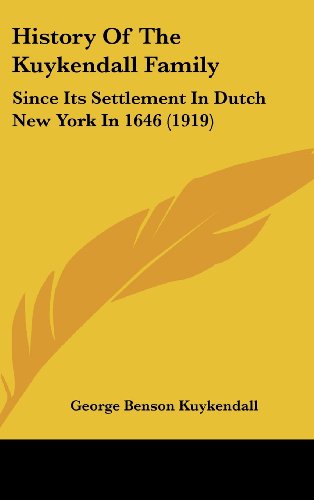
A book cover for History Of The Kuykendall Family: Since Its Settlement In Dutch New York In 1646 (1919); George Benson Kuykendall; History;